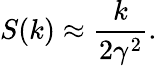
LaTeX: S(k)\approx\frac{k}{2\gamma^{2}}.